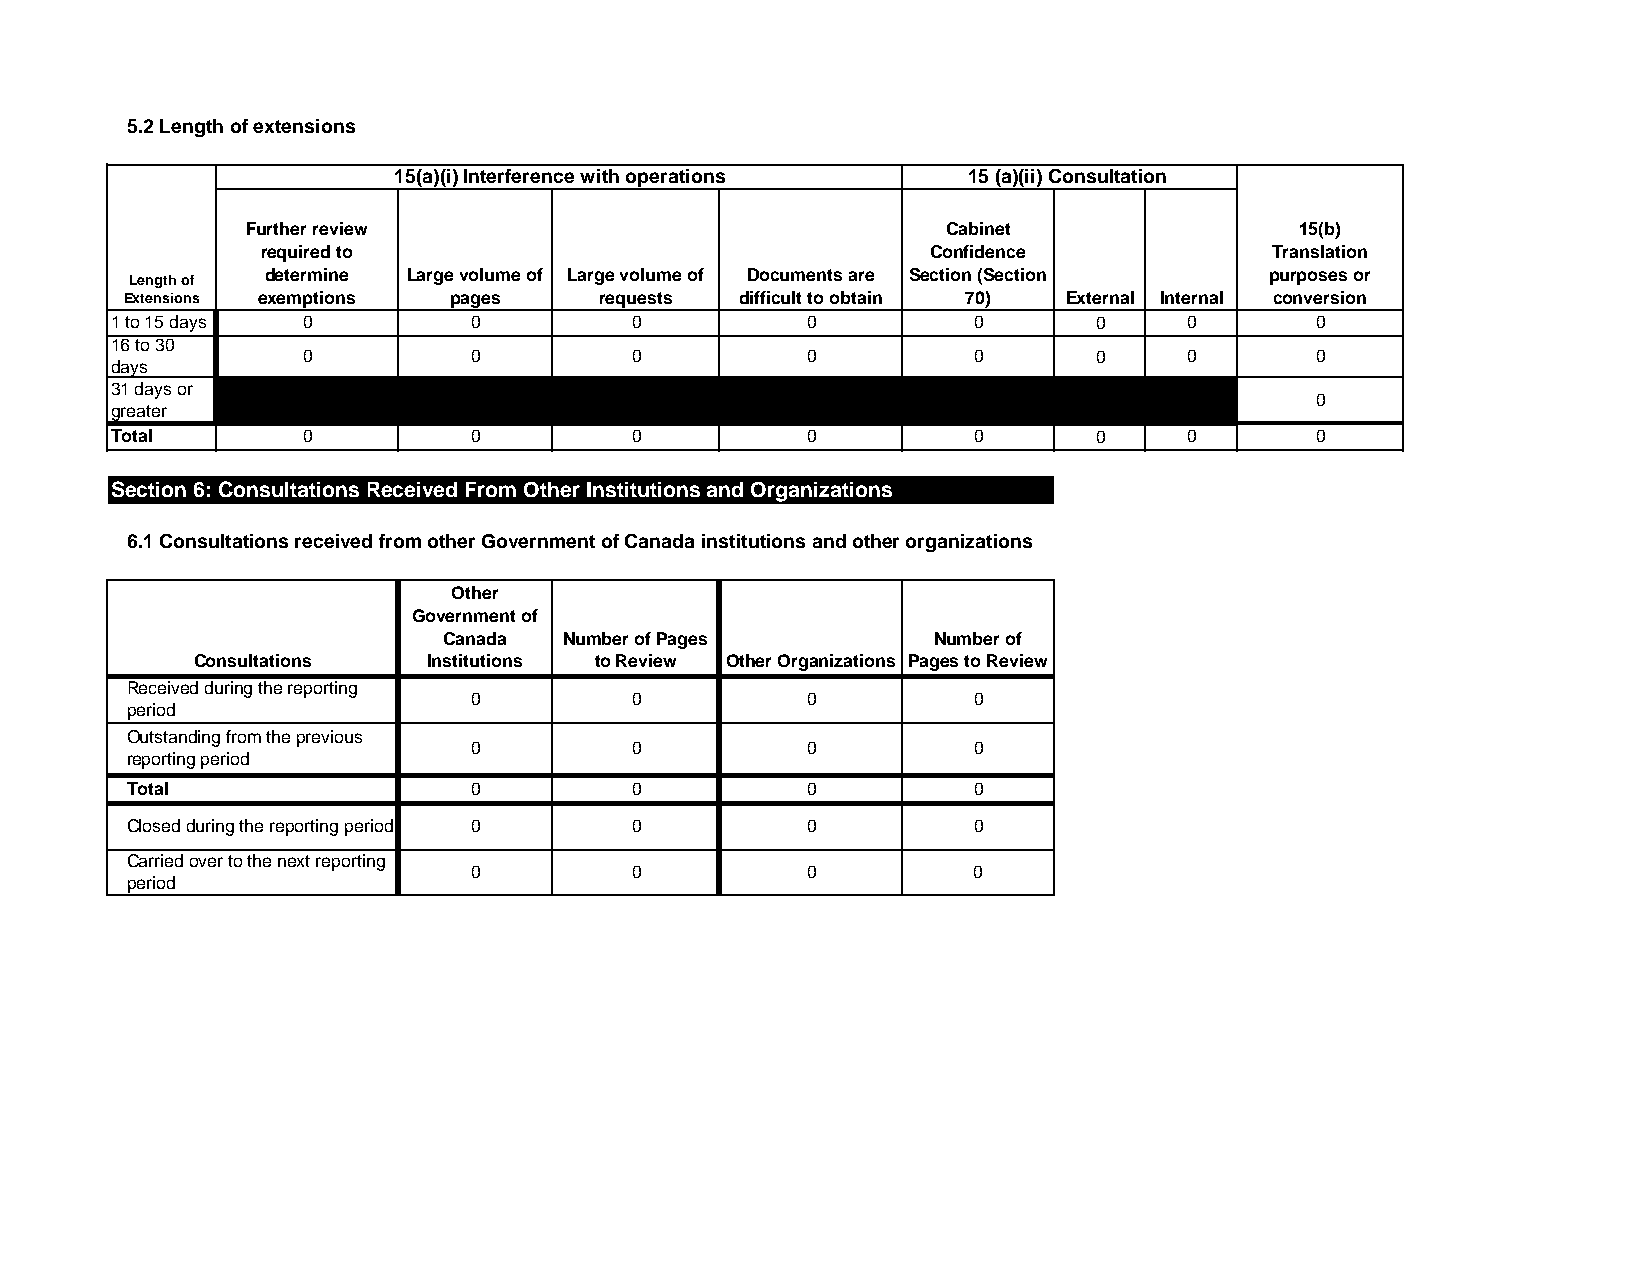
5.2 Length of extensions
 15(a)(i) Interference with operations 15 (a)(ii) Consultation
 Further review                                 Cabinet                15(b)
 required to                                  Confidence            Translation
 determine Large volume of Large volume of Documents are Section (Section purposes or
 Length of
 Extensions exemptions pages     requests difficult to obtain 70) External Internal conversion
 1 to 15 days 0          0          0          0          0       0      0       0
 16 to 30
 0          0          0          0          0       0      0       0
 days
 31 days or
 0
 greater
 Total        0          0          0          0          0       0      0       0
 Section 6: Consultations Received From Other Institutions and Organizations
 6.1 Consultations received from other Government of Canada institutions and other organizations
 Other
 Government of
 Canada  Number of Pages          Number of
 Consultations  Institutions to Review Other Organizations Pages to Review
 Received during the reporting
 0          0          0          0
 period
 Outstanding from the previous
 0          0          0          0
 reporting period
 Total                  0          0          0          0
 Closed during the reporting period 0 0       0          0
 Carried over to the next reporting
 0          0          0          0
 period